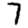
Digit: 7